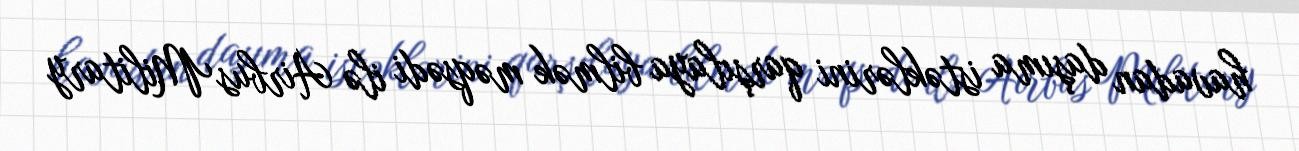
havadan daşıma istəklərini qarşılaya bilmək məqsədi ilə Airbus Military